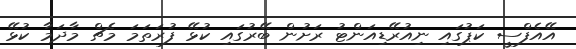
އޭއެފްސީ ކަޕުގައި ނިއުރޭޑިއަންޓު ރަށުން ބޭރުގައި ކުޅޭ ފުރަތަމަ މެޗް މާދަމާ ކުޅޭ